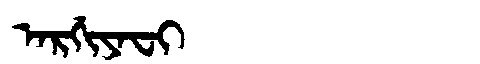
Manchu: ᠠᡵᡤᡳᠶᠠᠸᡳ
Romanization: ARGIYAFI